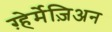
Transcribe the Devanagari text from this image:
ग़्हेर्मेज़िअन